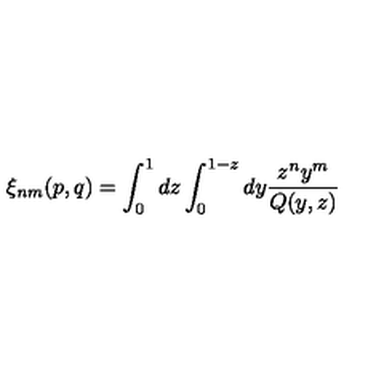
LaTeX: \xi _ { n m } ( p , q ) = \int _ { 0 } ^ { 1 } d z \int _ { 0 } ^ { 1 - z } d y { \frac { z ^ { n } y ^ { m } } { Q ( y , z ) } }